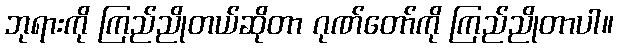
ဘုရားကို ကြည်ညိုတယ်ဆိုတာ ဂုဏ်တော်ကို ကြည်ညိုတာပါ။